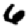
Digit: 6